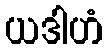
ယဒါဟံ